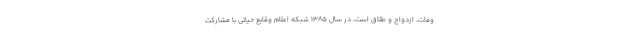
وفات، ازدواج و طلاق است، در سال ۱۳۸۵ شبکه اعلام وقایع حیاتی با مشارکت